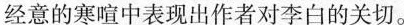
经意的寒喧中表现出作者对李白的关切。